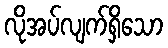
လိုအပ်လျက်ရှိသော